Vaccination in the Punjab 1897-1904 - 1897-1904
Year: 1897
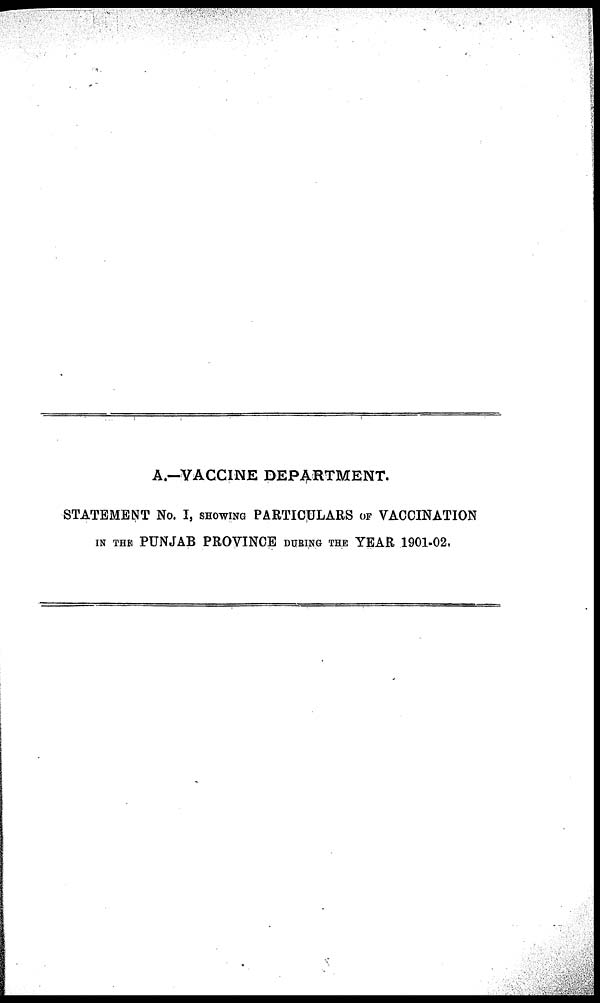
A.—VACCINE DEPARTMENT.
STATEMENT No. I, SHOWING PARTICULARS OF VACCINATION
IN THE PUNJAB PROVINCE DURING THE YEAR 1901-02.